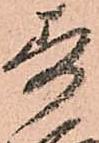
寿